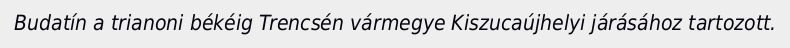
Budatín a trianoni békéig Trencsén vármegye Kiszucaújhelyi járásához tartozott.